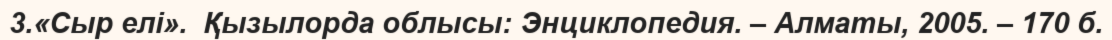
3.«Сыр елі».  Қызылорда облысы: Энциклопедия. – Алматы, 2005. – 170 б.